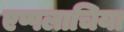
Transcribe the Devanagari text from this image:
एप्पलाचिया